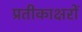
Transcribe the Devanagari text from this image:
प्रतीकाक्षरों